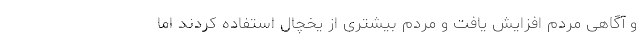
و آگاهی مردم افزایش یافت و مردم بیشتری از یخچال استفاده کردند اما